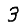
Digit: 3